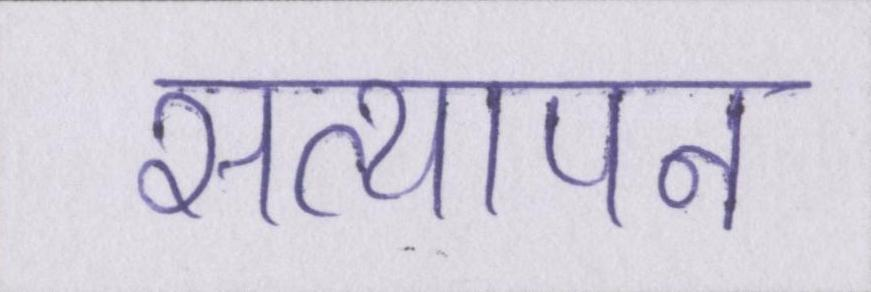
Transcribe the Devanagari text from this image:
सत्यापन